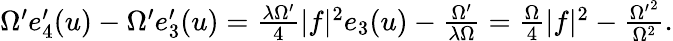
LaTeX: \begin{array}{r}{\Omega^{\prime}e_{4}^{\prime}(u)-\Omega^{\prime}e_{3}^{\prime}(u)=\frac{\lambda\Omega^{\prime}}{4}|f|^{2}e_{3}(u)-\frac{\Omega^{\prime}}{\lambda\Omega}=\frac{\Omega}{4}|f|^{2}-\frac{{\Omega^{\prime}}^{2}}{\Omega^{2}}.}\end{array}